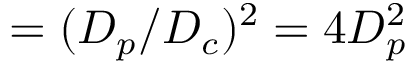
= ( D _ { p } / D _ { c } ) ^ { 2 } = 4 D _ { p } ^ { 2 }